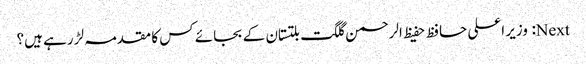
Next: وزیر اعلی حافظ حفیظ الرحمن گلگت بلتستان کے بجائے کس کا مقدمہ لڑ رہے ہیں؟